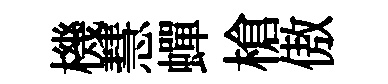
機慧蟬槍傲